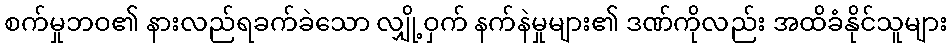
စက်မှုဘဝ၏ နားလည်ရခက်ခဲသော လျှို့ဝှက် နက်နဲမှုများ၏ ဒဏ်ကိုလည်း အထိခံနိုင်သူများ